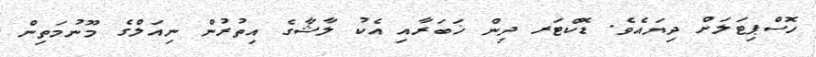
ހޮސްޕިޓަލަށް ދިޔައެވެ. ޑޮކްޓަރ ދިން ޚަބަރާއި އެކު ލާޝާގެ އިތުރުން ނިއަލްގެ މޫނުމަތިން